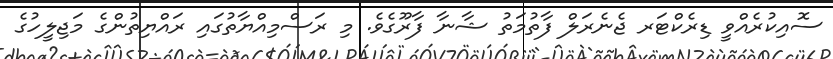
ސޮއިކުރެއްވީ ޑިރެކްޓަރ ޖެނެރަލް ފާތުމަތު ޝާނާ ފާރޫގެވެ. މި ރަސްމިއްޔާތުގައި ރައްޔިތުންގެ މަޖިލީހުގެ